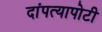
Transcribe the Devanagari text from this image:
दांपत्यापोटी